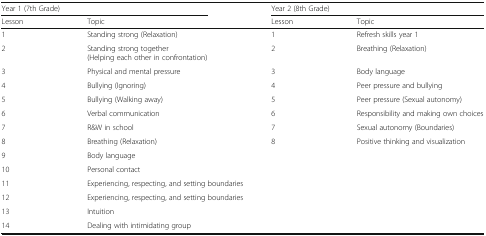
| <COLSPAN=2> Year 1 (7th Grade) | <COLSPAN=2> Year 2 (8th Grade) |
 | Lesson | Topic | Lesson | Topic |
 | --- | --- | --- | --- |
 | 1 | Standing strong (Relaxation) | 1 | Refresh skills year 1 |
 | 2 | Standing strong together(Helping each other in confrontation) | 2 | Breathing (Relaxation) |
 | 3 | Physical and mental pressure | 3 | Body language |
 | 4 | Bullying (Ignoring) | 4 | Peer pressure and bullying |
 | 5 | Bullying (Walking away) | 5 | Peer pressure (Sexual autonomy) |
 | 6 | Verbal communication | 6 | Responsibility and making own choices |
 | 7 | R&W in school | 7 | Sexual autonomy (Boundaries) |
 | 8 | Breathing (Relaxation) | 8 | Positive thinking and visualization |
 | 9 | <COLSPAN=3> Body language |
 | 10 | <COLSPAN=3> Personal contact |
 | 11 | <COLSPAN=3> Experiencing, respecting, and setting boundaries |
 | 12 | <COLSPAN=3> Experiencing, respecting, and setting boundaries |
 | 13 | <COLSPAN=3> Intuition |
 | 14 | <COLSPAN=3> Dealing with intimidating group |